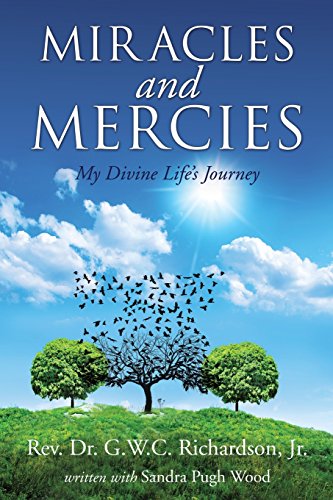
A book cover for Miracles and Mercies; G.W.C. Richardson Jr.; Literature & Fiction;